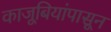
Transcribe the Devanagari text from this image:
काजूबियांपासून